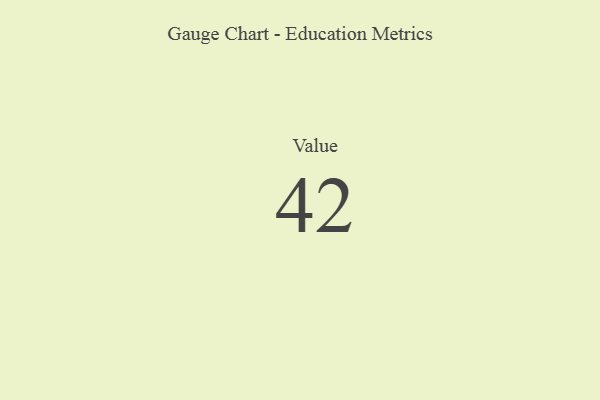
{"axis": {"x": "Metric", "y": "Value"}, "legend": [""], "data": [{"x": "Value", "y": 42, "type": ""}]}